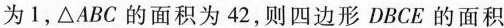
为1，\triangle ABC的面积为42，则四边形DBCE的面积